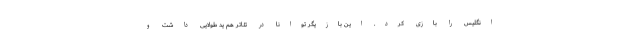
انگلیس را بازی کرد. این بازیگر توانا در تئاتر هم ید طولایی داشت و